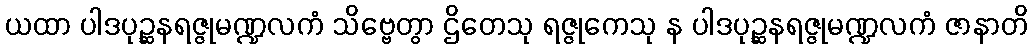
ယထာ ပါဒပုဉ္ဆနရဇ္ဇုမဏ္ဍလကံ သိဗ္ဗေတွာ ဌိတေသု ရဇ္ဇုကေသု န ပါဒပုဉ္ဆနရဇ္ဇုမဏ္ဍလကံ ဇာနာတိ